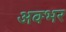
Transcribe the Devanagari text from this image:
अक्भर